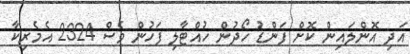
އަދި އޮންލައިން ކޮށް ފަންޑު ހޯދުން ހުއްޓާލި ފަހުން ވެސް 2324 އެމެރިކާ